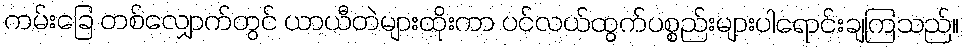
ကမ်းခြေ တစ်လျှောက်တွင် ယာယီတဲများထိုးကာ ပင်လယ်ထွက်ပစ္စည်းများပါရောင်းချကြသည်။